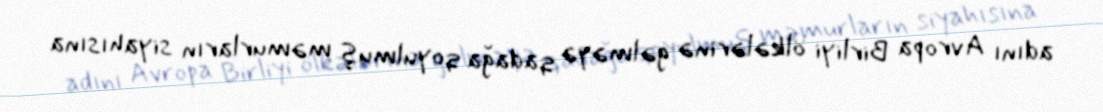
adını Avropa Birliyi ölkələrinə gəlməyə qadağa qoyulmuş məmurların siyahısına